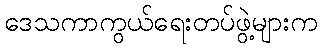
ဒေသကာကွယ်ရေးတပ်ဖွဲ့များက